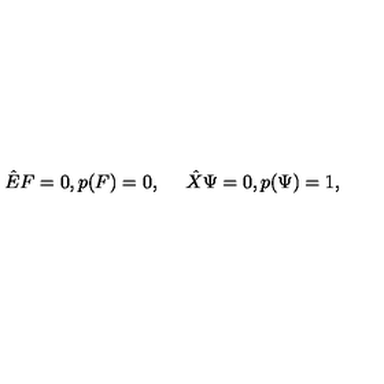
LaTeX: { \hat { E } } F = 0 , p ( F ) = 0 , \quad \ { \hat { X } } \Psi = 0 , p ( \Psi ) = 1 ,